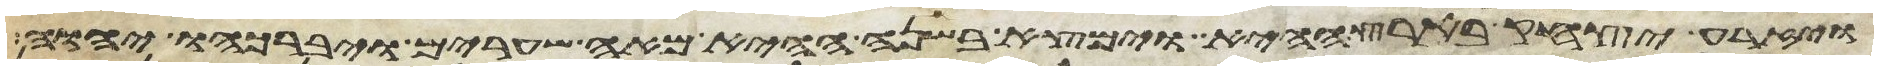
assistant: ויזרע יצחק בארץ ההיא וימצא בשנה ההיא מאה שערים ויברכהו יהוה